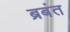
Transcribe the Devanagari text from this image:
ब्रबंत